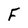
Character: F